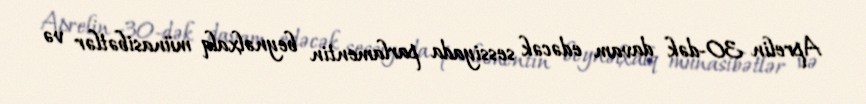
Aprelin 30-dək davam edəcək sessiyada parlamentin beynəlxalq münasibətlər və